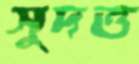
সুদত্ত